King Institute of Preventive Medicine Micro-Biological Section reports 1909-11
Year: 1909
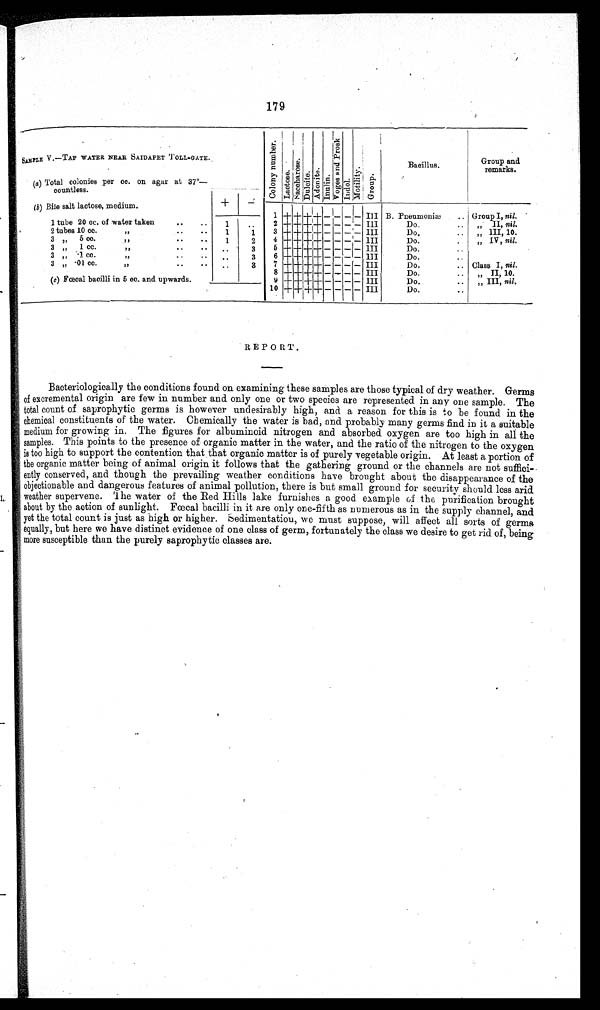
179
SAMPLE V.—TAP WATER NEAR SAIDAPET 'l'OLL-GATE.
Co l o n y
number Lact os e
Sa c c ha r os e
Dul ci t e
Ad o n i t e
I n u l i n
V o g e s a n d p r o s k
I n d o l
Mot i l i t y
Gr o u p
Bacillus.
Group and
remarks.
(a) Total colonies per cc. on agar at 37°—
countless.
(b) Bile salt lactose, medium.
+
―
1
+ + + +
——
― ― ― ―
—
III B. Pneumoniæ. Group I, nil.
1 tube 20 cc. of water taken
..
..
1
..
2 + + ++ +
— — —
_ III
Do.
..
„ II, nil.
2 tubes 10 cc.
„ ..
1
1
3
+ + + +
— — —
_ III
Do.
..
„ III, 10.
3
„ 5 Cc.
.. •
• •
„
1
2
4
+ + + — -
—
_ III
Do.
.
„ IV, nil.
3
„
1 cc.
„
..
••
3
5
+ +
+ + —
_ — — III
Do.
..
3
„
-1 cc.
••
3
6 ++ -1---1-- —
— III
Do.
3
„
-01 cc.
,,
..
..
.
3
7 ++++— -- I -
— 1 --
- - — III
Do.
Class I, nil.
„
,,
..
..
..
8 + ++
— — — — III
..
Do.
..
II, 10.
g
(c) Fcecal bacilli in 5 cc. and upwards.
9 + + + — — — — III
Do.
..
„
III, nil.
10 + +1-1-
I
+ — — — — III
Do.
..
„
REPORT.
Bacteriologically the conditions found on examining these samples are those typical of dry weather. Germs
of excremental origin are few in number and only one or two species are represented in any one sample. The
total count of saprophytic germs is however undesirably high, and a reason for this is to be found in the
chemical constituents of the water. Chemically the water is bad, and probably many germs find in it a suitable
medium for growing in. The figures for albuminoid nitrogen and absorbed oxygen are too high in all the
samples. This points to the presence of organic matter in the water, and the ratio of the nitrogen to the oxygen
is too high to support the contention that that organic matter is of purely vegetable origin. At least a portion of
the organic matter being of animal origin it follows that the gathering ground or the channels are not suffici-
ently conserved, and though the prevailing weather conditions have brought about the disappearance of the
objectionable and dangerous features of animal pollution, there is but small ground for security should less arid
weather supervene. 'I he water of the Red Hills lake furnishes a good example of the purification brought
about by the action of sunlight. Fæcal bacilli in it are only one-fifth as numerous as in the supply channel, and
yet the total count is just as high or higher. Sedimentatiou, we must suppose, will affect all sorts of germs
equally, but here we have distinct evidence of one class of germ, fortunately the class we desire to get rid of, being
more susceptible than the purely saprophytic classes are.